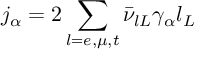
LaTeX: j _ { \alpha } = 2 \sum _ { l = e , \mu , t } \bar { \nu } _ { l L } \gamma _ { \alpha } l _ { L }